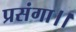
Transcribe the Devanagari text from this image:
प्रसंगा।।